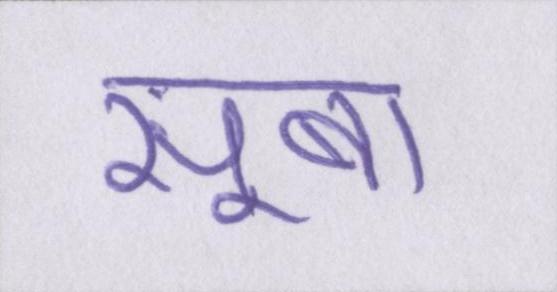
सूबा